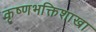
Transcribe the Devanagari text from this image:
कृष्णभक्तिशाखा